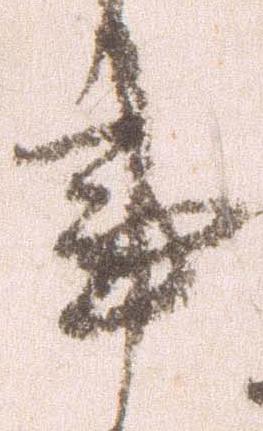
事